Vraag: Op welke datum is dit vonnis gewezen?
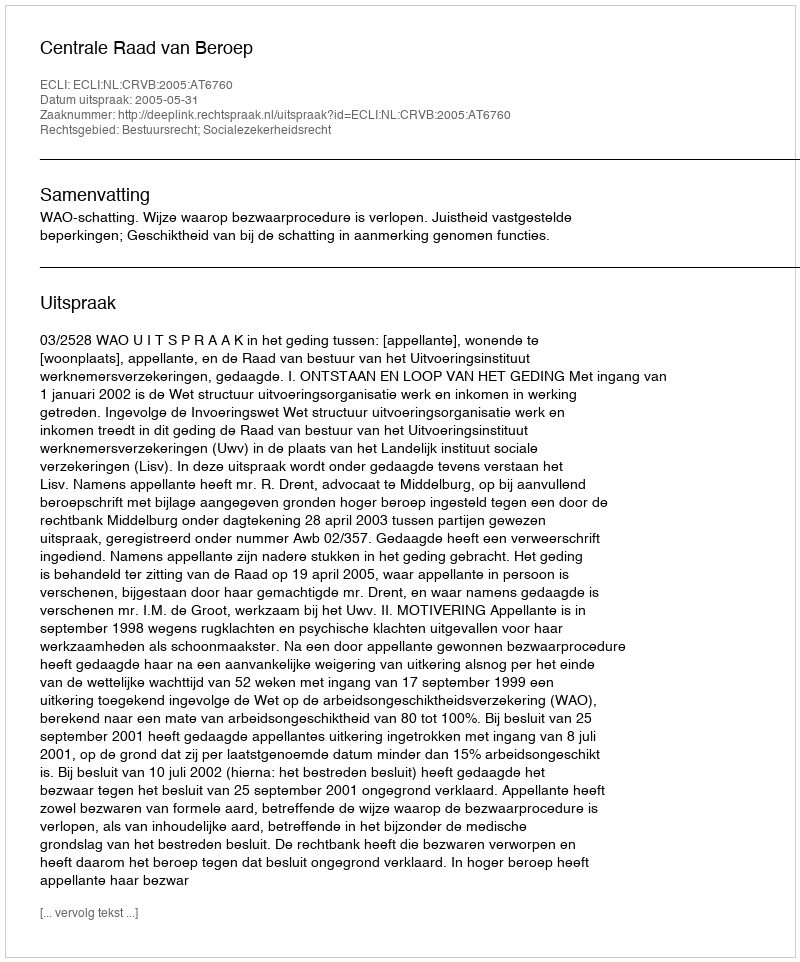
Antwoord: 2005-05-31